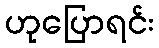
ဟုပြောရင်း